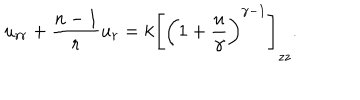
LaTeX: u _ { r r } + { \frac { n - 1 } { r } } u _ { r } = k \left[ \left( 1 + { \frac { u } { \gamma } } \right) ^ { \gamma - 1 } \right] _ { z z } .